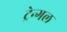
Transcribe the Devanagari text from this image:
ट्रेन्गल